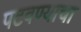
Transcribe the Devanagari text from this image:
पटवण्याचा